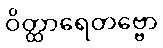
ဝိတ္ထာရေတဗ္ဗော